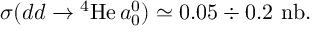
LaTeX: \sigma ( d d \rightarrow \mathrm { ^ 4 H e } \, a _ { 0 } ^ { 0 } ) \simeq 0 . 0 5 \div 0 . 2 ~ \mathrm { n b } .